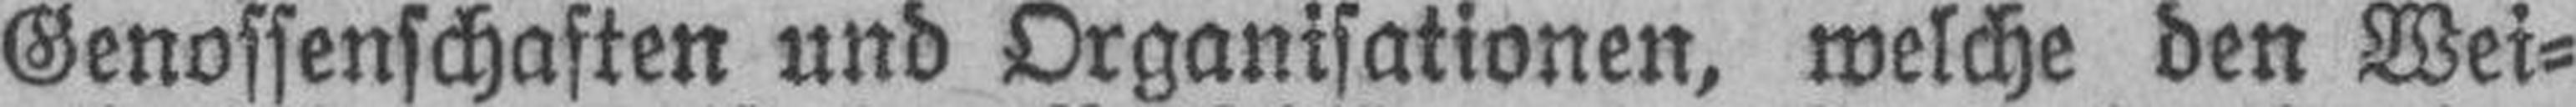
Genossenschaften und Organisationen, welche den Wei¬